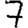
Digit: 7